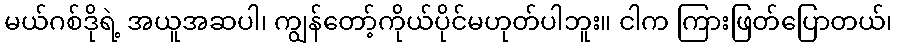
မယ်ဂစ်ဒိုရဲ့ အယူအဆပါ၊ ကျွန်တော့်ကိုယ်ပိုင်မဟုတ်ပါဘူး။ ငါက ကြားဖြတ်ပြောတယ်၊